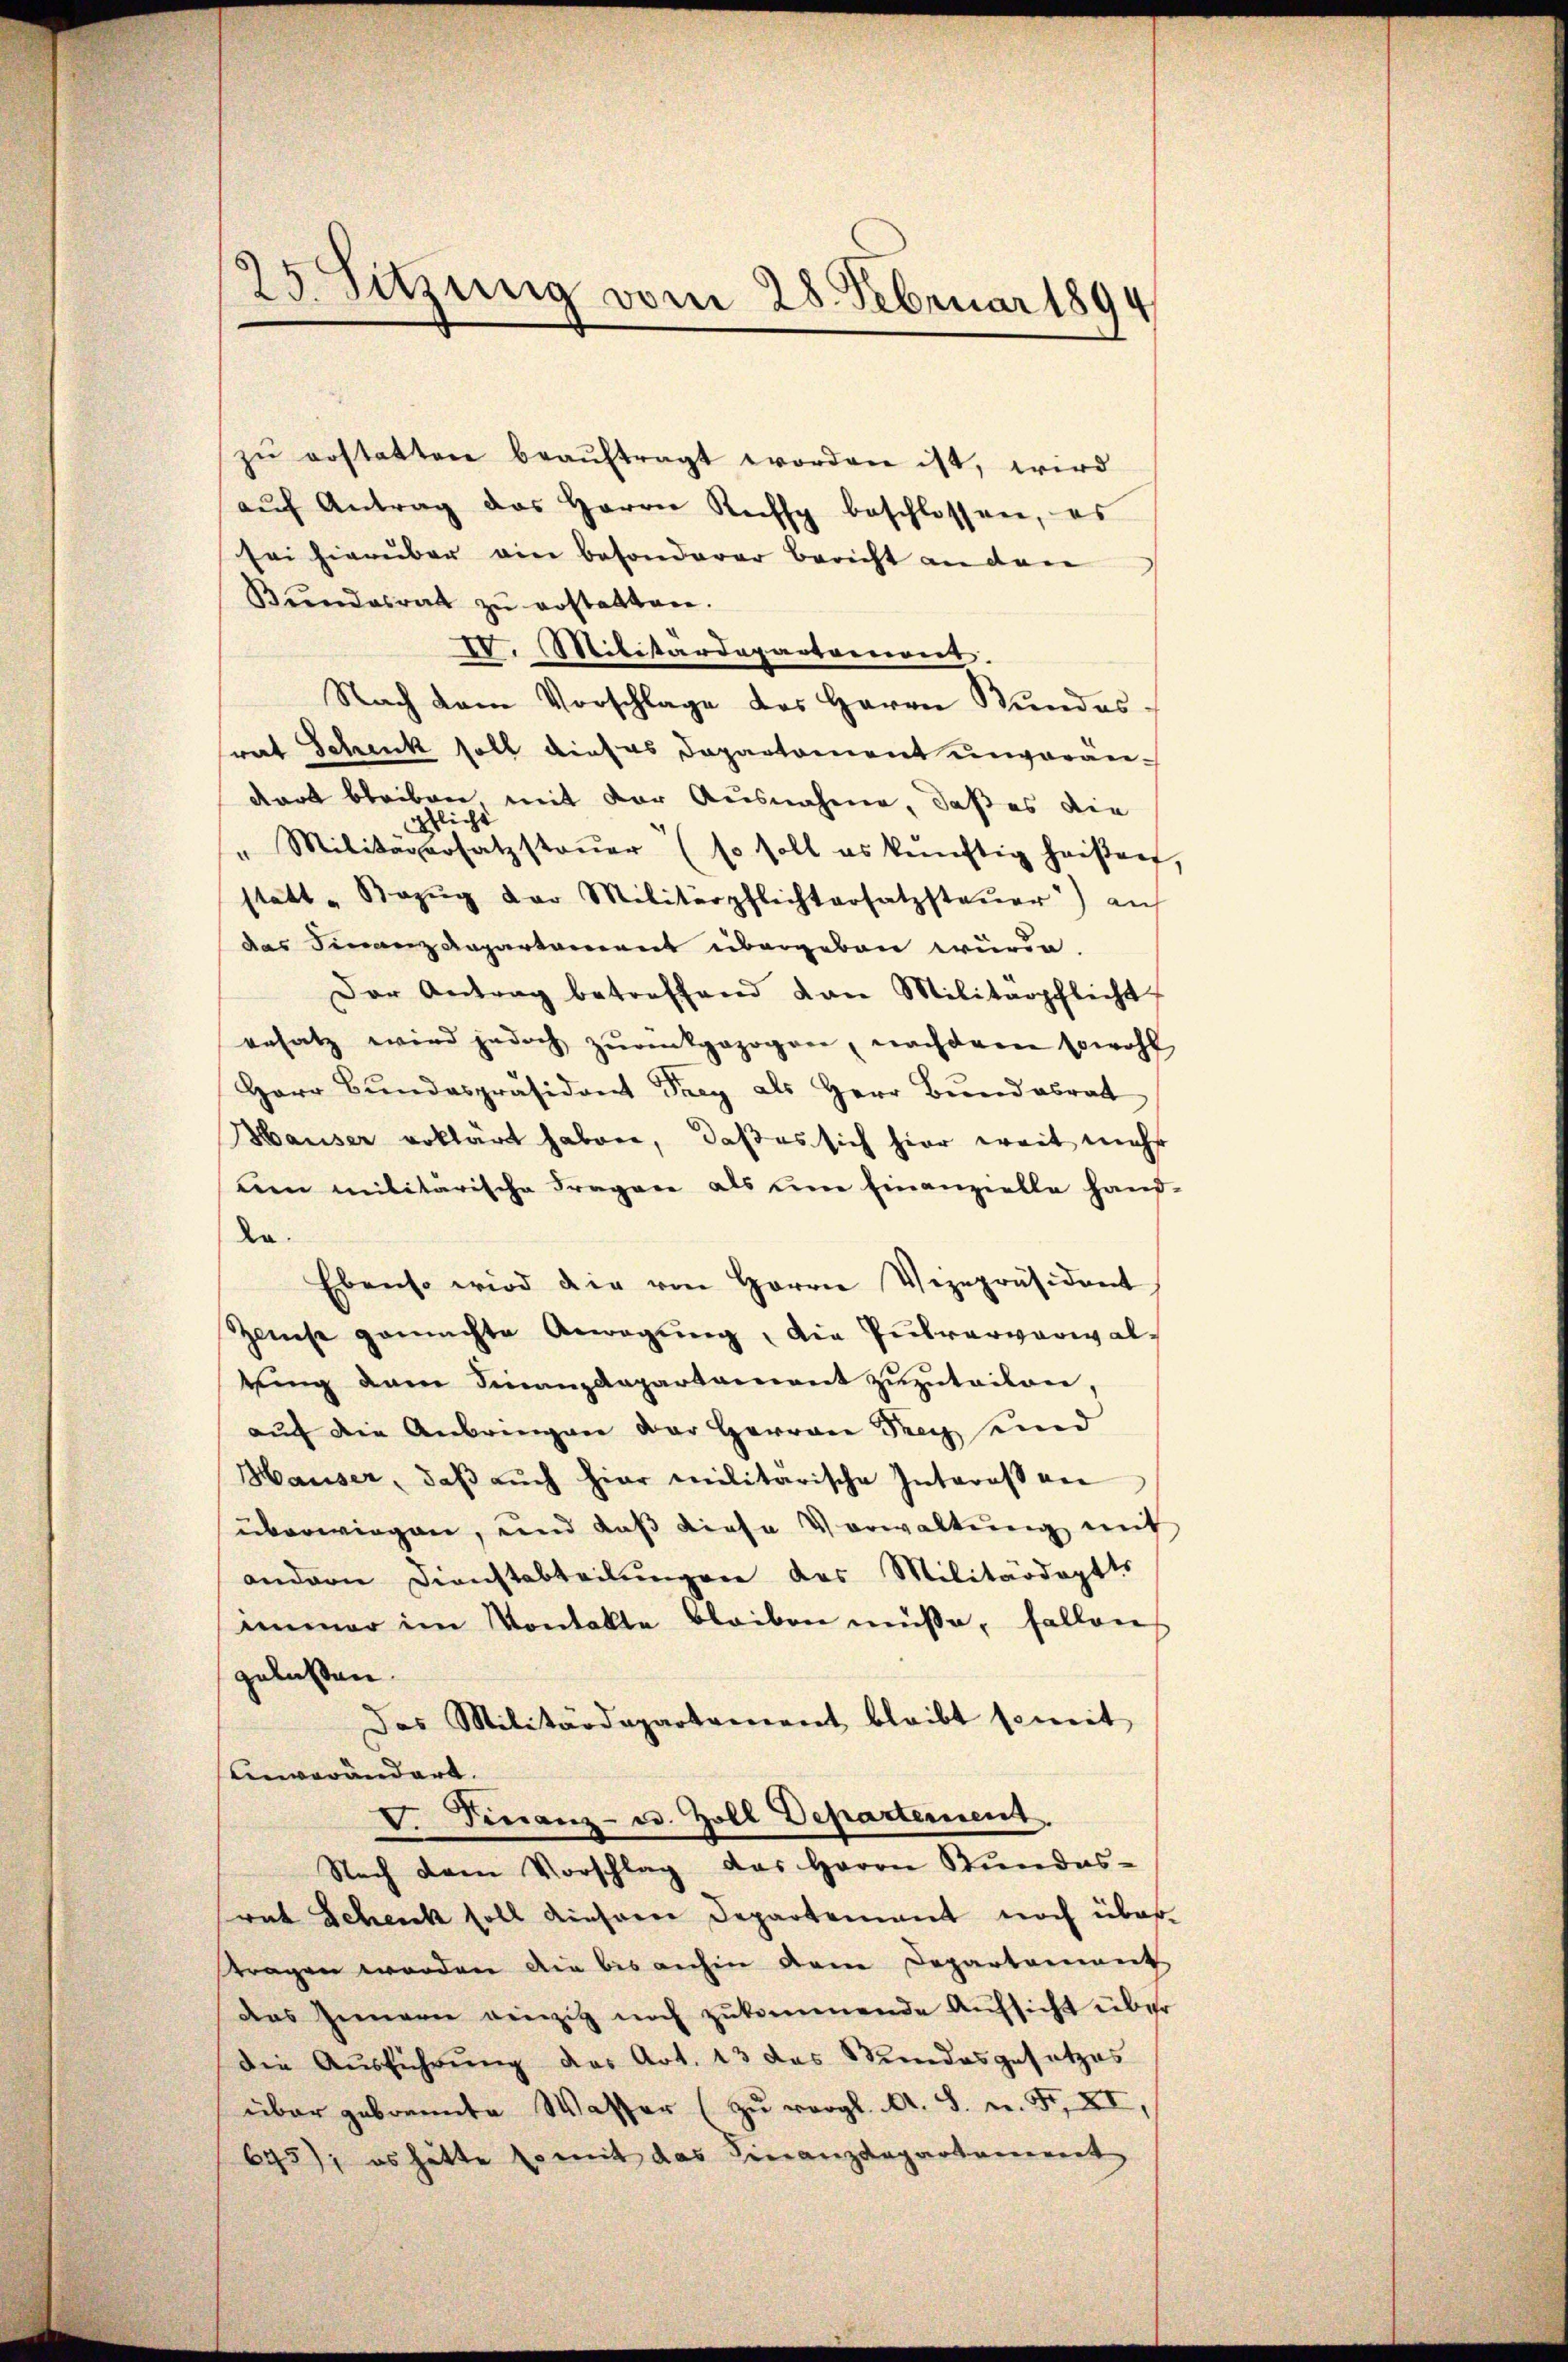
25. Sitzung vom 28. Februar 1894

zŭ erstatten beaŭftragt worden ist, wird
aŭf Antrag des Herrn Ruffy beschlossen, es
sei hierüber ain besonderer Bericht an den
Bŭndesrat zŭ erstatten.
IV. Militärdepartement.
Nach dem Vorschlage des Herrn Bundessrat Schenk soll dieses Departament unverändart bleiben, mit der Ausnahme, daß es die
liche
" Militarersatzstaŭer (so soll es künftig heißen,
statt „Bezŭg der Militärpflichtersatzsteŭer) an
das Finanz Repartement übergeben würde.
Der Antrag betreffend von Militärpflicht
ersatz wird jedoch zurückgezogen, nachdem sowohl
Herr Bŭndespräsident Frey als Herr Bŭndesrat
Hauser erklärt haben, daß es sich hier weit mehr
um militärische Fragen als um Einanzielle hand-
La.
Ebenso wird die von Herrn Vizepräsident
Zeuse gemachte Anregŭng, die Pulvervorwalrung dem Finanzdepartament zuzutailon,
auf die Anbringen der Herrene Frey seind
Hauser, daß auch hier militärische Interes an
überwiegen, und daβ diese Vorwaltŭng mit
andern Dienstabteilŭngen das Militärdoptts
immer im Kontakte bleiben müsse, fallen
gelasten
Das Militärdepartement bleibt semit
einverändert.
V. Finanz- u. Zoll Departement.
Nach dem Vorschlag das Herrn Stundes-
rat Schenck soll dieser Departement noch über-
tragen worden die bis anhin dem Departement
das Innern einzig noch zŭkommende Aŭfsicht über
die Ausführung des Art. 13 das Stundesgesetzes
über gebrannte Wasser (zu vergl. A. S. n. F. XI,
695), es hätte so mit das Finanzdepartanerent